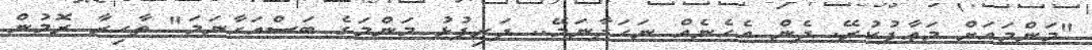
"މަންމައަށް މަޢާފުކުރޭ. ދެން އެހެނެއް ނަހަދާނަމޭ.. ދަރިފުޅު މަންމަގެ ބަސްއަހާނަމަ" ތާހިރާ ރޮމުން